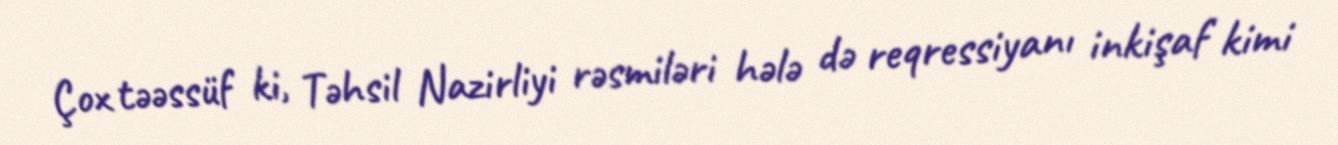
Çox təəssüf ki, Təhsil Nazirliyi rəsmiləri hələ də reqressiyanı inkişaf kimi